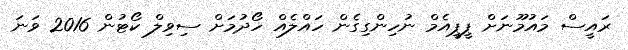
ރައީސް މައުމޫނަށް ޕީޕީއެމް ނުހިންގިގެން ހައްލެއް ހޯދުމަށް ސިވިލް ކޯޓުން 2016 ވަނަ